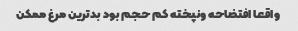
واقعا افتضاحه ونپخته کم حجم بود بدترین مرغ ممکن